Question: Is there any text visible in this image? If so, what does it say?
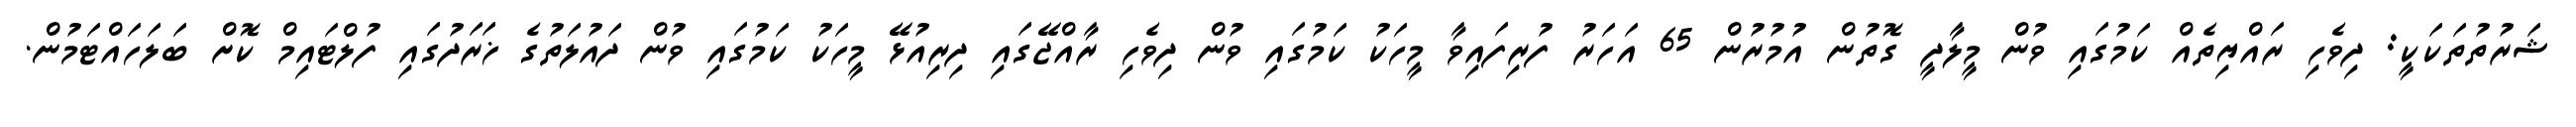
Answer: ޝަރުތުތަކަކީ: ދިވެހި ރައްޔިތެއް ކަމުގައި ވުން މީލާދީ ގޮތުން އުމުރުން 65 އަހަރު ފުރިފައިވާ މީހަކު ކަމުގައި ވުން ދިވެހި ރާއްޖޭގައި ދިރިއުޅޭ މީހަކު ކަމުގައި ވުން ދައުލަތުގެ ޚަރަދުގައި ފުލްޓައިމް ކޮށް ބަލަހައްޓަމުން.